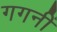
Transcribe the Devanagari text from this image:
गगनीं